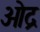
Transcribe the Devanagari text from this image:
ऒद्र